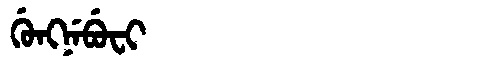
Manchu: ᡤᡠᠩᠨᡝᠪᡠᠸᡳ
Romanization: GUNGNEBUFI